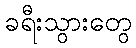
ခရီးသွားတွေ